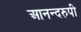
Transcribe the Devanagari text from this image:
आनन्दरुपी